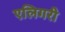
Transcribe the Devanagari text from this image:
एलिगरी